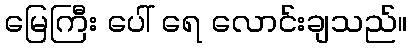
မြေကြီး ပေါ် ရေ လောင်းချသည်။